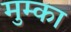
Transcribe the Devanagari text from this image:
मुम्का